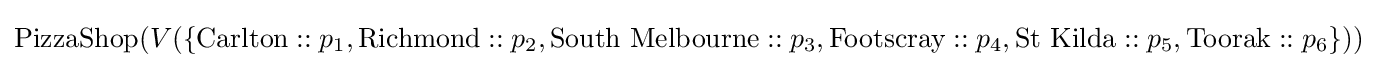
{\text{PizzaShop}}(V(\{{\text{Carlton}}::p_{1},{\text{Richmond}}::p_{2},{\text{South Melbourne}}::p_{3},{\text{Footscray}}::p_{4},{\text{St Kilda}}::p_{5},{\text{Toorak}}::p_{6}\}))